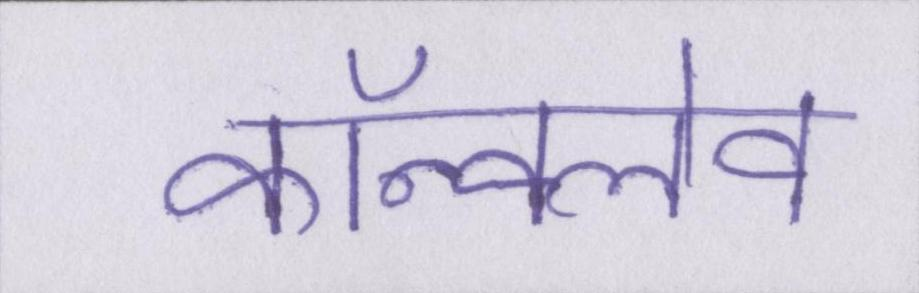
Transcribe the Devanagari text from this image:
कॉन्क्लेव